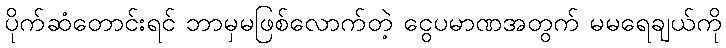
ပိုက်ဆံတောင်းရင် ဘာမှမဖြစ်လောက်တဲ့ ငွေပမာဏအတွက် မမရေချယ်ကို